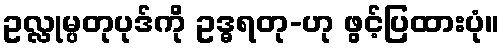
ဥလ္လုမ္ပတုပုဒ်ကို ဥဒ္ဓရတု-ဟု ဖွင့်ပြထားပုံ။